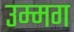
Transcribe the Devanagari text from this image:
उम्मग